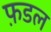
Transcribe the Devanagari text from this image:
फ़डल